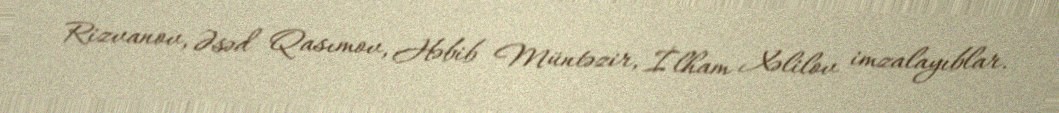
Rizvanov, Əsəd Qasımov, Həbib Müntəzir, İlham Xəlilov imzalayıblar.